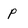
Character: p